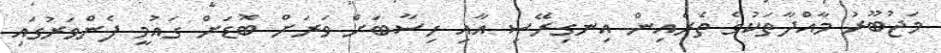
މަޖުބޫރު މާއްދާތަކުގެ ތެރެއިން އިނގިރޭސި އާއި ހިސާބަށް ވަރަށް ބޮޑަށް ގައުމީ ފެންވަރުގައި